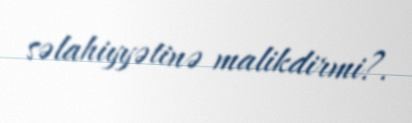
səlahiyyətinə malikdirmi?.